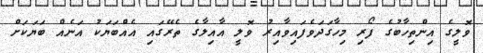
ވޮލީގެ އިންތިހާބުގެ ފޯރި މިހާގަދަވެފައިވާއިރު ވޮލީ އާއިލާގެ ތެރޭގައި އެއްބަޔަކު އަނެއް ބަޔަކަށް